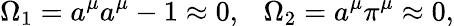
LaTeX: \Omega_{1}=a^{\mu}a^{\mu}-1\approx 0,~~~\Omega_{2}=a^{\mu}\pi^{\mu}\approx 0,